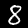
Label: 8